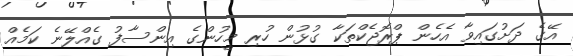
އޭގެ ދަށުގައިވާ އެހެން ޕްރޮޖެކްތަކާ ގުޅުން ހުރި މީހުންގެ އިންސާފު ގެއްލޭނެ ކަމެއް